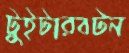
টুইটারবটন